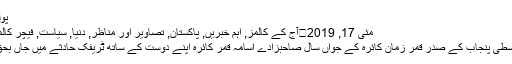
پولی کلینک …
مئی 17, 2019	آج کے کالمز, اہم خبریں, پاکستان, تصاویر اور مناظر, دنیا, سیاست, فیچر کالمز, ویڈیوز 0
پیپلز پارٹی وسطی پنجاب کے صدر قمر زمان کائرہ کے جواں سال صاحبزادے اسامہ قمر کائرہ اپنے دوست کے ساتھ ٹریفک حادثے میں جاں بحق ہوگئے ہیں۔